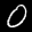
Label: 0